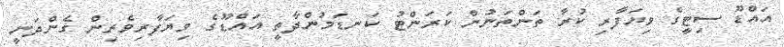
އައްޑޫ ސިޓީގެ ވިޔަފާރި ކުރާ ތަންތަނުން ކަރަންޓު ކަނޑަމުންދާތީ އައްޑޫގެ ވިޔަފާރިވެރިން ގެންދަނީ